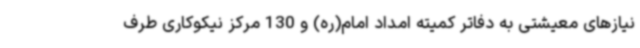
نیازهای معیشتی به دفاتر کمیته امداد امام(ره) و 130 مرکز نیکوکاری طرف